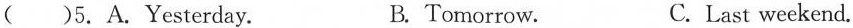
()5.A.Yesterday. B.Tomorrow. C.Last weekend.